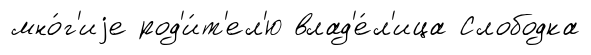
мно́г'иjе род'и́т'ел'ю влад'е́л'ица Слободка